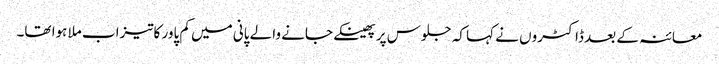
معائنہ کے بعد ڈاکٹروں نے کہا کہ جلوس پر پھینکے جانے والے پانی میں کم پاور کاتیزاب ملا ہوا تھا۔